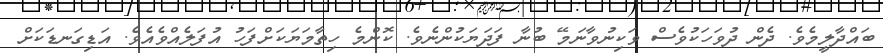
ބައްދާލީމެވެ. ދެން ދުވަހަކުވެސް ވަކިނުވާނަމޭ ބުނާ ފަދަޔަކުންނެވެ. ކޮންމެ ހިތާމަޔަކަށްފަހު އުފަލެއްވެއެވެ. އަޑިގަނޑަކަށް